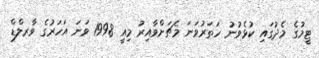
ޓީމުގެ މެދުގައި ކުޅެވުނު ހަތަރުވަނަ މެޗަށްވާއިރު މިއީ 1998 ވަނަ އަހަރުގެ ވާރލްޑް